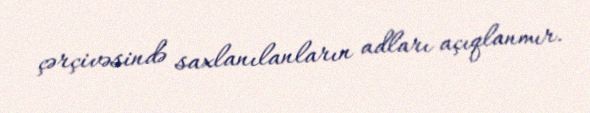
çərçivəsində saxlanılanların adları açıqlanmır.